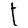
Character: t